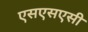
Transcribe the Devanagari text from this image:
एसएसएसी